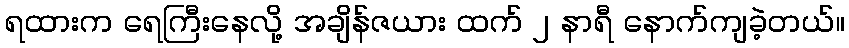
ရထားက ရေကြီးနေလို့ အချိန်ဇယား ထက် ၂ နာရီ နောက်ကျခဲ့တယ်။